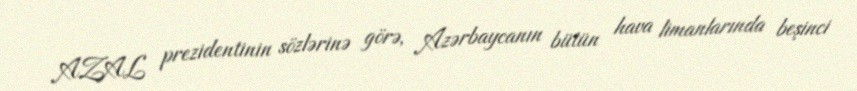
AZAL prezidentinin sözlərinə görə, Azərbaycanın bütün hava limanlarında beşinci